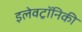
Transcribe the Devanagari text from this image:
इलेवट्रॉनिकी